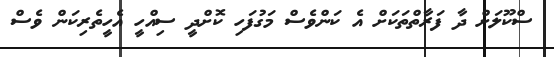
ސްކޫލަށް ދާ ފަރާތްތަކަށް އެ ކަންވެސް މަގުފަހި ކޮށްދީ ސިއްހީ އެހީތެރިކަން ވެސް